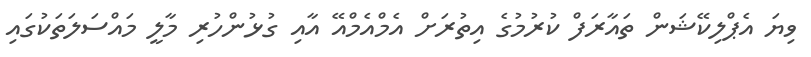
ވިޔަ އެޕްލިކޭޝަން ތައާރަފް ކުރުމުގެ އިތުރަށް އެމްއެމްއޭ އާއި ގުޅުންހުރި މާލީ މައްސަލަތަކުގައި